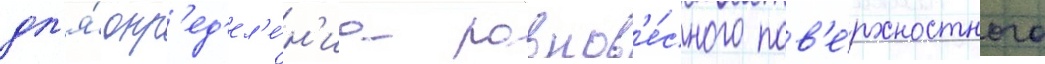
дл'я́ опр'ед'ел'е́н'иа равнов'е́сного пов'е́рхностного